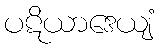
ပဋိယာဒေယျံ